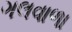
ગલવાળા